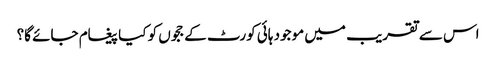
اس سے تقریب میں موجود ہائی کورٹ کے ججوں کو کیا پیغام جائے گا؟